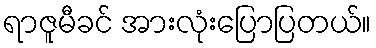
ရာဇူမီခင် အားလုံးပြောပြတယ်။